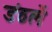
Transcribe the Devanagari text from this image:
डंठलें